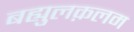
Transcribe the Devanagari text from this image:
बह्युलक़लम